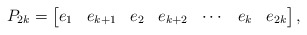
\begin{align*}P_{2k}=\begin{bmatrix}e_1 & e_{k+1} & e_2 & e_{k+2} & \cdots & e_k & e_{2k}\end{bmatrix},\end{align*}